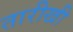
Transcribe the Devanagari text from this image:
तारीखी